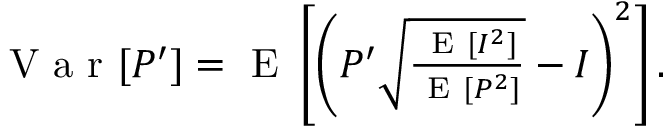
\begin{array} { r } { \mathrm { ~ V ~ a ~ r ~ } [ P ^ { \prime } ] = \mathrm { ~ E ~ } \left[ \left( P ^ { \prime } \sqrt { \frac { \mathrm { ~ E ~ } [ I ^ { 2 } ] } { \mathrm { ~ E ~ } [ P ^ { 2 } ] } } - I \right) ^ { 2 } \right] . } \end{array}